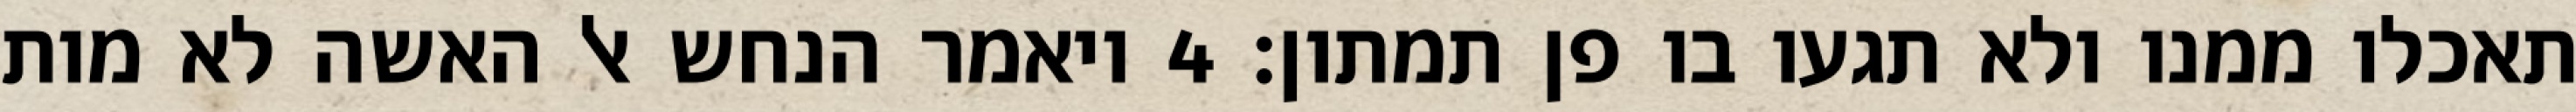
תאכלו ממנו ולא תגעו בו פן תמתון׃ ‎4‏ ויאמר הנחש אל האשה לא מות